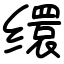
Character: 缳